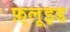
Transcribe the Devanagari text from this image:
फ़्लूइड